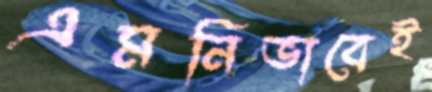
এমনিভাবেই